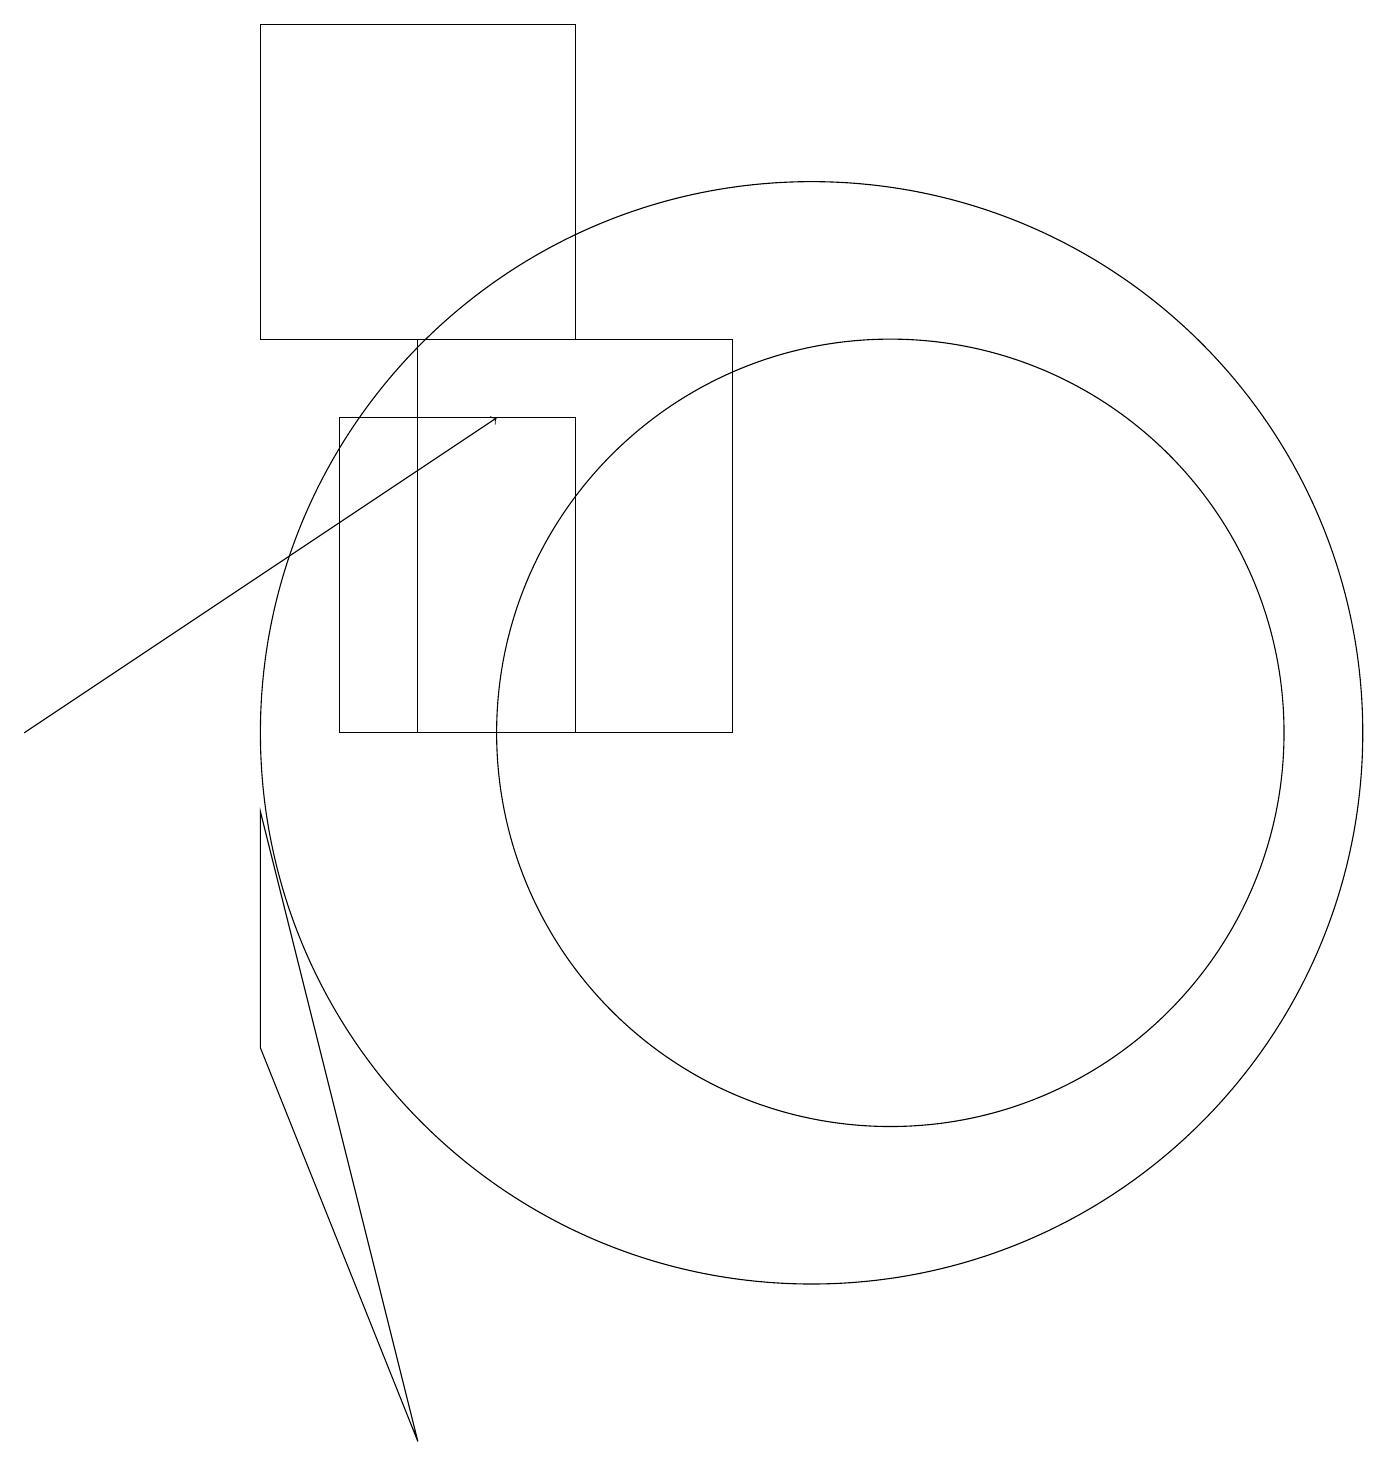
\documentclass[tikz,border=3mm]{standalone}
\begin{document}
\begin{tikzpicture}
\draw (5,1) -- (3,9) -- (3,6) -- cycle;
\draw (10,10) circle (7);
\draw (11,10) circle (5);
\draw (7,15) rectangle (3,19);
\draw (4,10) rectangle (7,14);
\draw (5,15) rectangle (9,10);
\draw[->] (0,10) -- (6,14);
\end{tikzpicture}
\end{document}